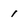
Character: 1